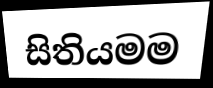
සිතියමම